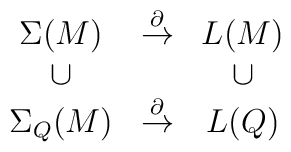
\begin{array}{ccc}\Sigma(M) & \stackrel{\partial}{\to } & L(M) \\             \cup &                              & \cup  \\\Sigma_Q(M) & \stackrel{\partial}{\to} & L(Q) \\\end{array}